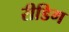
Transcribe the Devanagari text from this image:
रीडिग